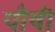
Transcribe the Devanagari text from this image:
पौषी